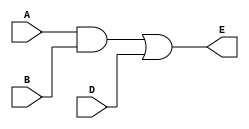
module gates_out_2 (A, B, D, E);

  input A, B, D;
  output E;

  wire C;

  and(C, A, B);
  or(E, C, D);

endmodule